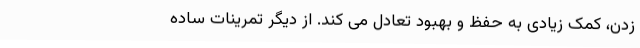
زدن، کمک زیادی به حفظ و بهبود تعادل می کند. از دیگر تمرینات ساده